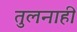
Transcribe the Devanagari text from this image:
तुलनाही